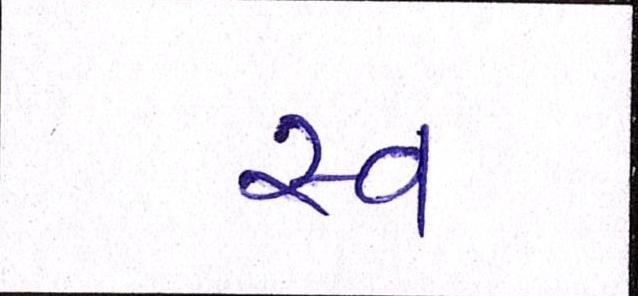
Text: સ્વ